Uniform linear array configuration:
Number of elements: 48
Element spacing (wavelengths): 0.75
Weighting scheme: kaiser
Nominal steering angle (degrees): -30
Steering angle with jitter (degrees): -29.161
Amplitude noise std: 0.05
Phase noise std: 0.05

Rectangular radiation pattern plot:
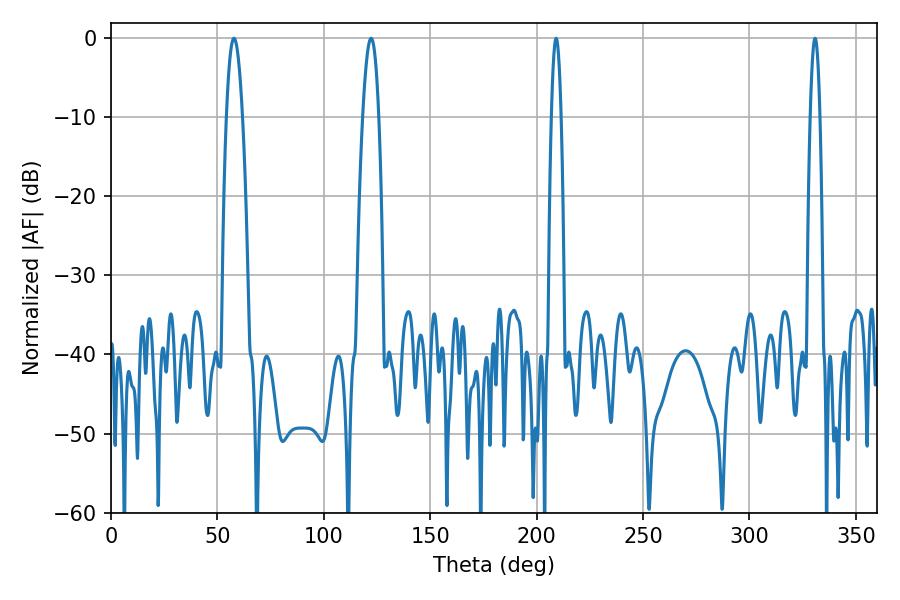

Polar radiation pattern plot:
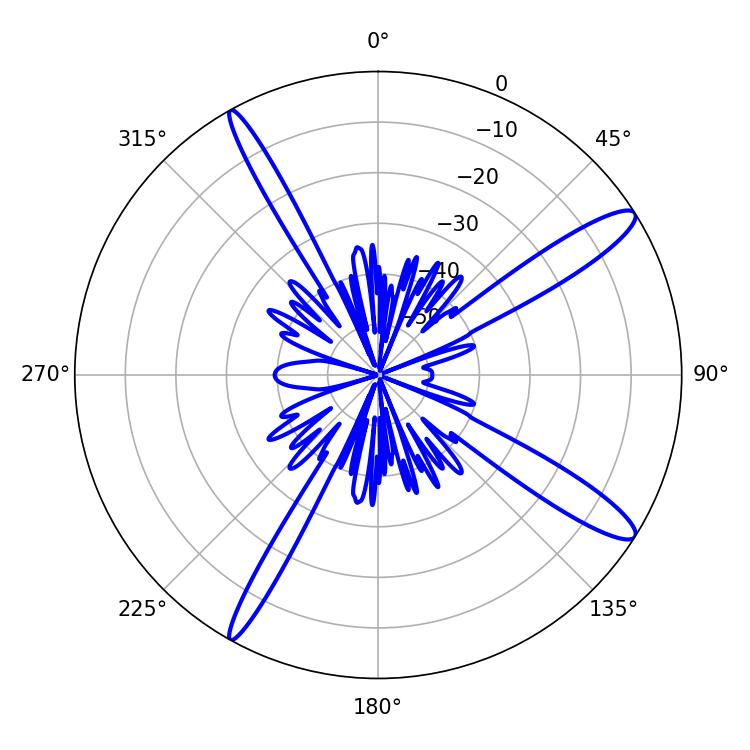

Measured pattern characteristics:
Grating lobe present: TRUE
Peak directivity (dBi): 13.635
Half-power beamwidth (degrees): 4.14
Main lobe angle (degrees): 57.78